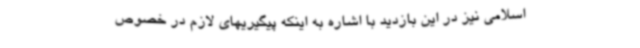
اسلامی نیز در این بازدید با اشاره به اینکه پیگیریهای لازم در خصوص